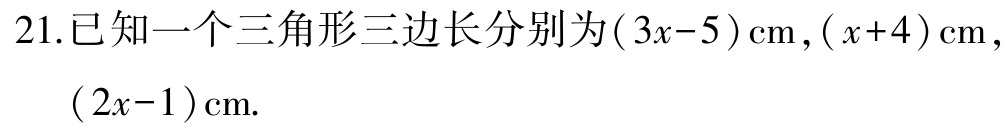
21.已知一个三角形三边长分别为\((3x - 5)\text{cm},(x + 4)\text{cm},(2x - 1)\text{cm}.\)